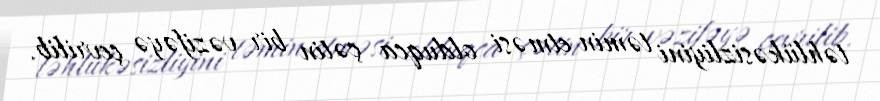
təhlükəsizliyini təmin etməsi olduqca çətin bir vəzifəyə çevrilib.